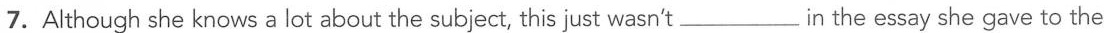
7.Although she knows a lot about the subject, this just wasn'tin_ the essay she gave to the